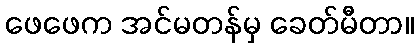
ဖေဖေက အင်မတန်မှ ခေတ်မီတာ။